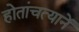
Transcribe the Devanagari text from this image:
होतांचत्यानें